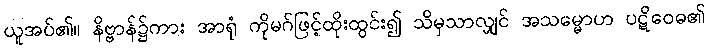
ယူအပ်၏။ နိဗ္ဗာန်၌ကား အာရုံ ကိုမဂ်ဖြင့်ထိုးထွင်း၍ သိမှသာလျှင် အသမ္မောဟ ပဋိဝေဓ၏